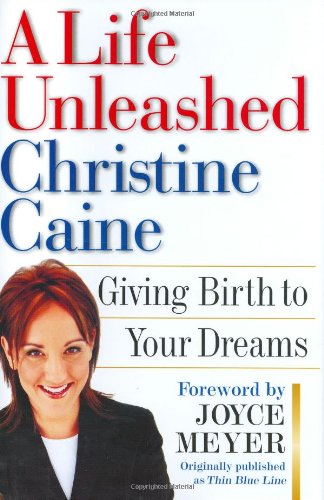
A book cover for A Life Unleashed: Giving Birth to Your Dreams; Christine Caine; Christian Books & Bibles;